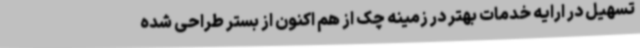
تسهیل در ارایه خدمات بهتر در زمینه چک از هم اکنون از بستر طراحی شده